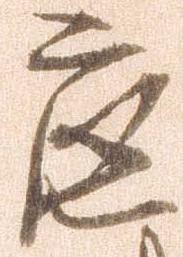
底